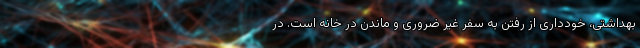
بهداشتی، خودداری از رفتن به سفر غیر ضروری و ماندن در خانه است. در